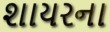
શાયરના